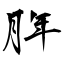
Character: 脌